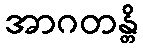
အာဂတန္တိ